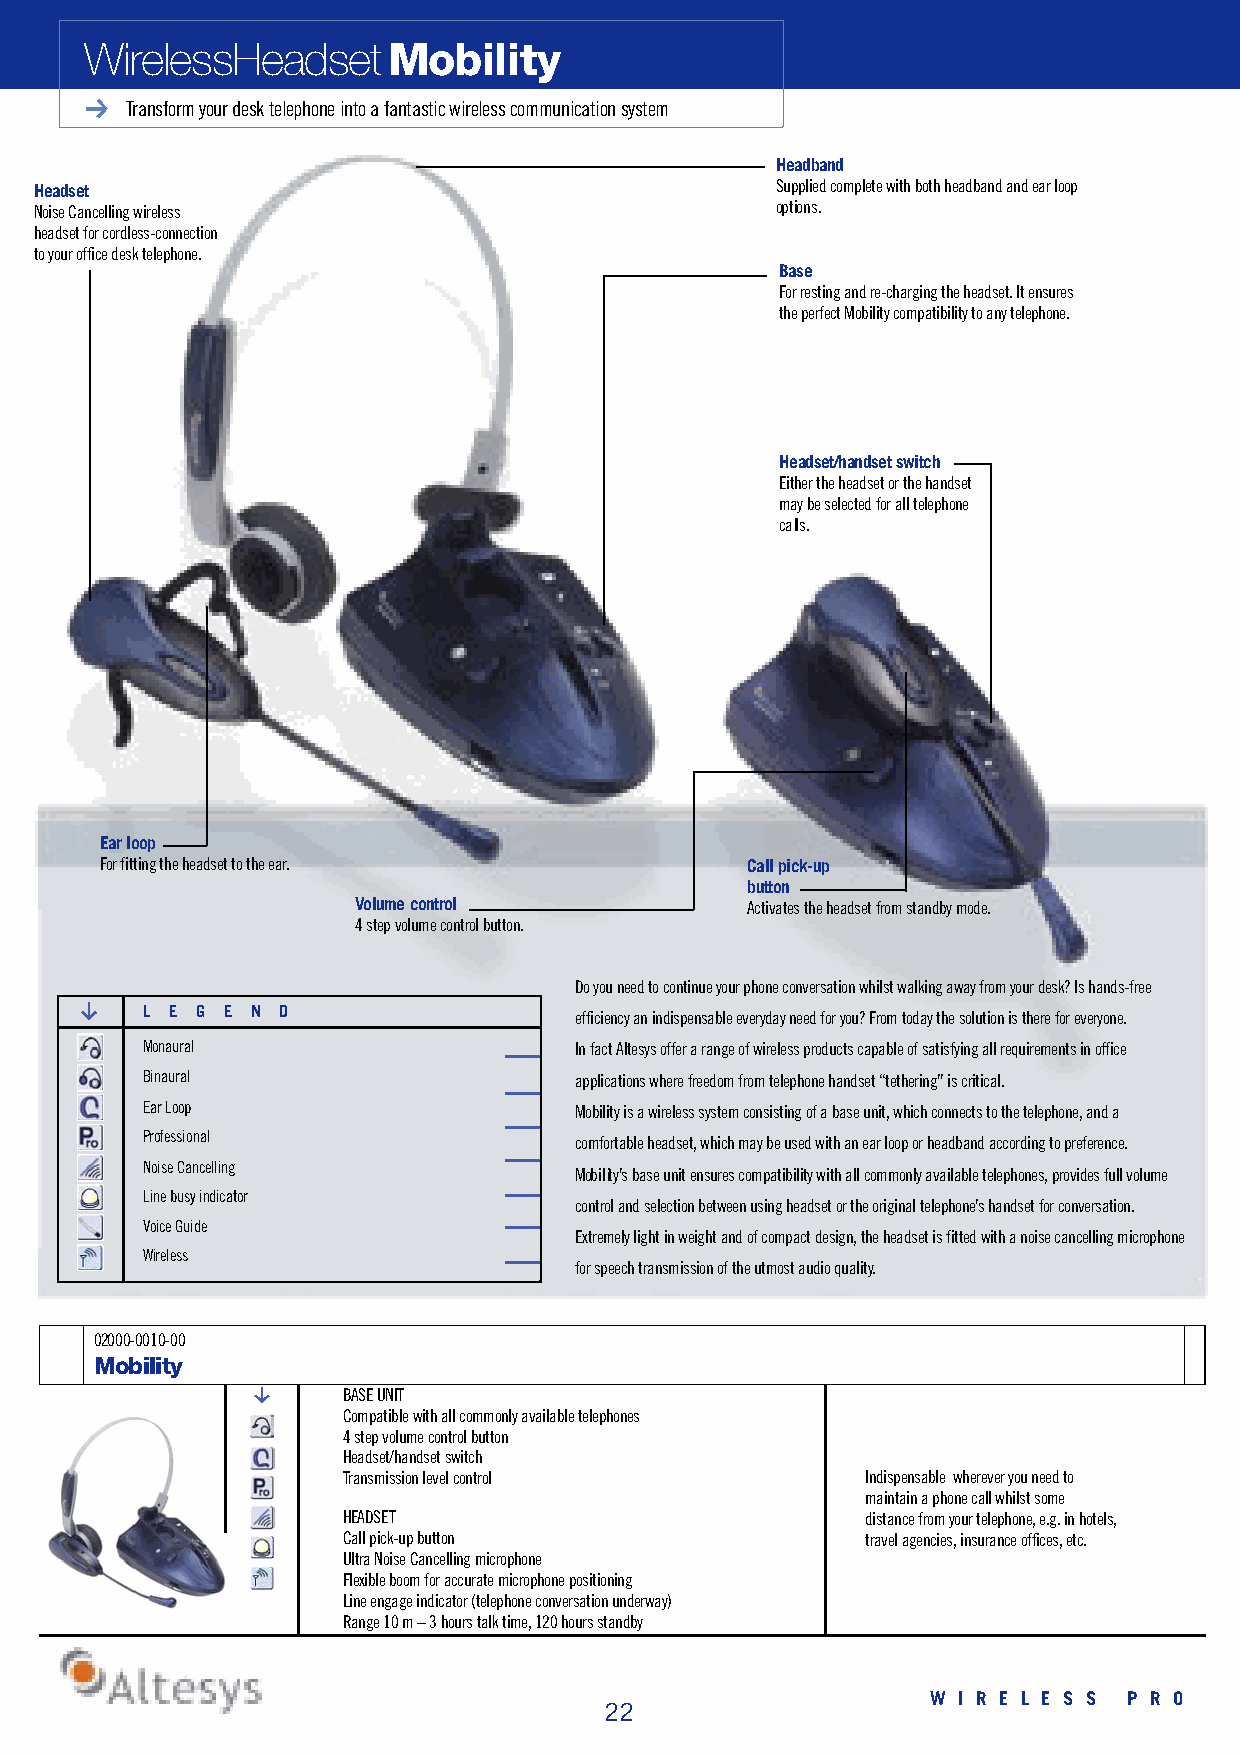
WirelessHeadset     M o b i l i t y
 Transform your desk telephone into a fantastic wireless communication system
 H e a d b a n d
 H e a d s e t                                    Supplied complete with both headband and ear loop
 Noise Cancelling wireless                        o p t i o n s .
 headset for cordless-connection
 to your office desk telephone.
 B a s e
 For resting and re-charging the headset. It ensures
 the perfect Mobility compatibility to any telephone.
 Headset/handset switch
 Either the headset or the handset
 may be selected for all telephone
 c a l l s .
 Ear loop
 For fitting the headset to the ear.       Call pick-up
 b u t t o n
 Volume control            Activates the headset from standby mode.
 4 step volume control button.
 Do you need to continue your phone conversation whilst walking away from your desk? Is hands-free
 g
 L E G E N D                  efficiency an indispensable everyday need for you? From today the solution is there for everyone.
 M o n a u r a l              In fact Altesys offer a range of wireless products capable of satisfying all requirements in office
 B i n a u r a l              applications where freedom from telephone handset “tethering” is critical.
 Ear Loop                     Mobility is a wireless system consisting of a base unit, which connects to the telephone, and a
 P r o f e s s i o n a l
 comfortable headset, which may be used with an ear loop or headband according to preference.
 Noise Cancelling
 M o b i l i t y ’s base unit ensures compatibility with all commonly available telephones, provides full volume
 Line busy indicator
 control and selection between using headset or the original telephone’s handset for conversation.
 Voice Guide
 Extremely light in weight and of compact design, the headset is fitted with a noise cancelling microphone
 W i r e l e s s
 for speech transmission of the utmost audio quality.
 0 2 0 0 0 - 0 0 1 0 - 0 0
 M o b i l i t y
 g     BASE UNIT
 Compatible with all commonly available telephones
 4 step volume control button
 Headset/handset switch
 Transmission level control        Indispensable wherever you need to
 maintain a phone call whilst some
 H E A D S E T                     distance from your telephone, e.g. in hotels,
 Call pick-up button               travel agencies, insurance offices, etc.
 Ultra Noise Cancelling microphone
 Flexible boom for accurate microphone positioning
 Line engage indicator (telephone conversation underway)
 Range 10 m – 3 hours talk time, 120 hours standby
 W I R E L E S S P R O
 22